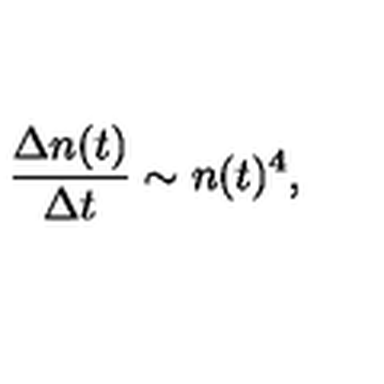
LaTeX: \frac { \Delta n ( t ) } { \Delta t } \sim n ( t ) ^ { 4 } ,